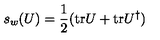
s _ { w } ( U ) = \frac { 1 } { 2 } ( \mathrm { t r } U + \mathrm { t r } U ^ { \dagger } )